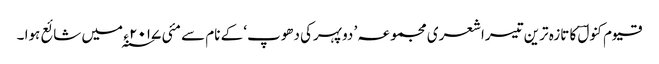
قیوم کنولؔ کا تازہ ترین تیسراشعری مجموعہ ’ دوپہرکی دھوپ‘ کے نام سے مئی ۲۰۱۷ ء ؁ میں شائع ہوا ۔